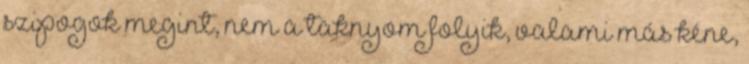
szipogok megint, nem a taknyom folyik, valami más kéne,